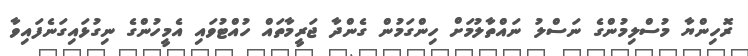
ރޮހިންޔާ މުސްލިމުންގެ ނަސްލު ނައްތާލުމަށް ހިންގަމުން ގެންދާ ޖަރީމާތައް ހުއްޓުވައި އެމީހުންގެ ނިގުޅައިގަނެފައިވާ